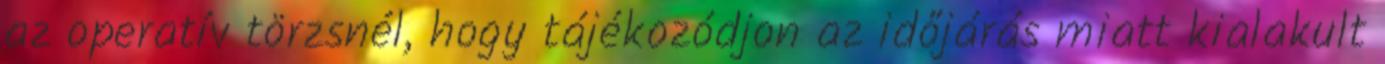
az operatív törzsnél, hogy tájékozódjon az időjárás miatt kialakult